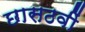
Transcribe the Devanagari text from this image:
छासठवीं